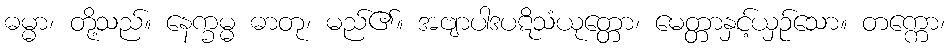
ဓမ္မာ၊ တို့သည်။ နေက္ခမ္မ ဓာတု၊ မည်၏။ အဗျာပါဒပဋိသံယုတ္တော၊ မေတ္တာနှင့်ယှဉ်သော။ တက္ကော၊